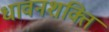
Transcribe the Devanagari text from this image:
धावनशक्ति